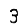
Digit: 3